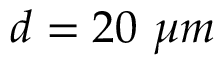
d = 2 0 ~ \mu m